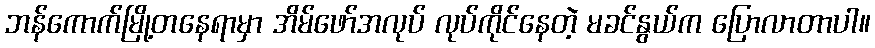
ဘန်ကောက်မြို့တနေရာမှာ အိမ်ဖော်အလုပ် လုပ်ကိုင်နေတဲ့ မခင်နွယ်က ပြောလာတာပါ။